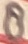
Text: 8